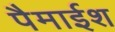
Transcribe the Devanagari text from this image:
पैमाईश